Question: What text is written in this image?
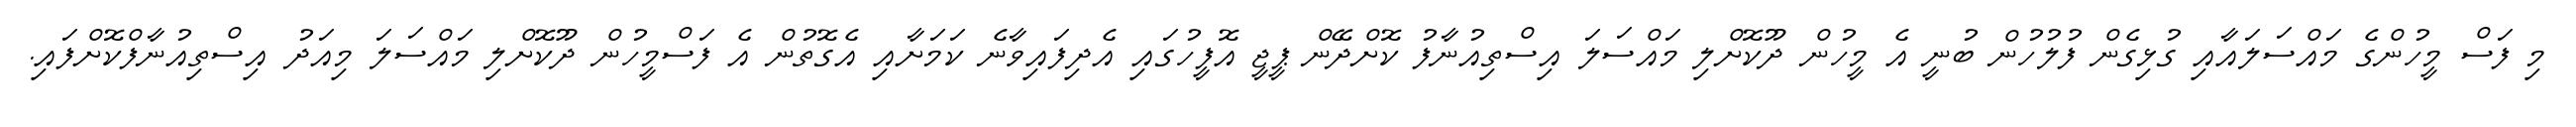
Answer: މި ފަސް މީހުންގެ މައްސަލައާއި ގުޅިގެން ފުލުހުން ބުނީ އެ މީހުން ދޫކޮށްލި މައްސަލަ އިސްތިއުނާފު ކޮށްދޭން ޕީޖީ އޮފީހުގައި އެދިފައިވާނެ ކަމަށާއި އެގޮތުން އެ ފަސްމީހުން ދޫކޮށްލި މައްސަލަ މިއަދު އިސްތިއުނާފްކޮށްފައި.